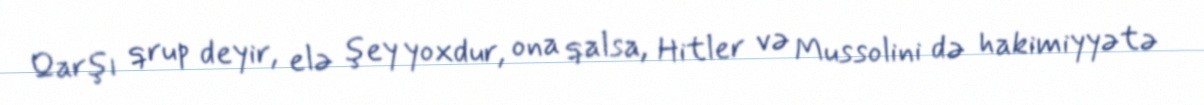
Qarşı qrup deyir, elə şey yoxdur, ona qalsa, Hitler və Mussolini də hakimiyyətə